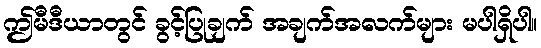
ဤမီဒီယာတွင် ခွင့်ပြုချက် အချက်အလက်များ မပါရှိပါ။